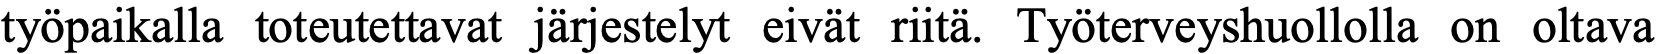
työpaikalla toteutettavat järjestelyt eivät riitä. Työterveyshuollolla on oltava